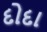
દોદા